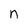
Character: n